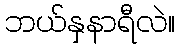
ဘယ်နှနာရီလဲ။